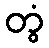
တွံ